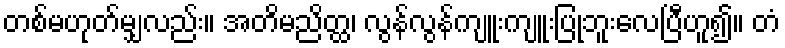
တစ်မဟုတ်မျှလည်း။ အတိမညိတ္ထ၊ လွန်လွန်ကျူးကျူးပြုဘူးလေပြီဟူ၍။ တံ